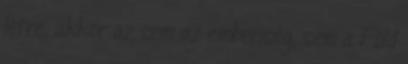
létre, akkor az sem az emberiség, sem a Föld